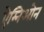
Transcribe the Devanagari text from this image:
ऐम्निओन